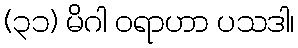
(၃၁) မိဂါ ဝရာဟာ ပသဒါ၊